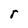
Character: r